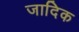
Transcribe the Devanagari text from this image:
जादिक